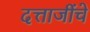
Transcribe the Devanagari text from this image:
दत्ताजींचे